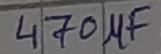
Text: 470µF